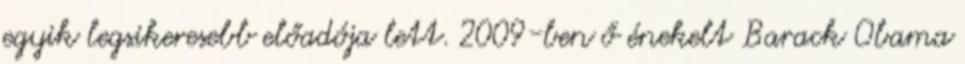
egyik legsikeresebb előadója lett. 2009-ben ő énekelt Barack Obama